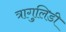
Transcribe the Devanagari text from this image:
त्रागुलिडी